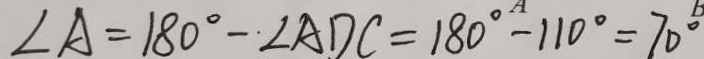
\angle A = 1 8 0 ^ { \circ } - \angle A D C = 1 8 0 ^ { \circ } - 1 1 0 ^ { \circ } = 7 0 ^ { \circ }